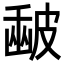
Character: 𥀉